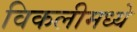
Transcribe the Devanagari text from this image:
विकलीमध्ये